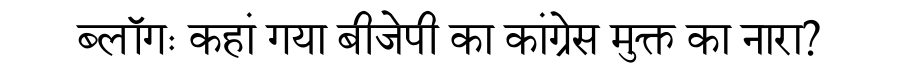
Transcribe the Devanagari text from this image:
ब्लॉगः कहां गया बीजेपी का कांग्रेस मुक्त का नारा?